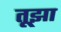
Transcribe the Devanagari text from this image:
तूझा